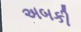
અબકી